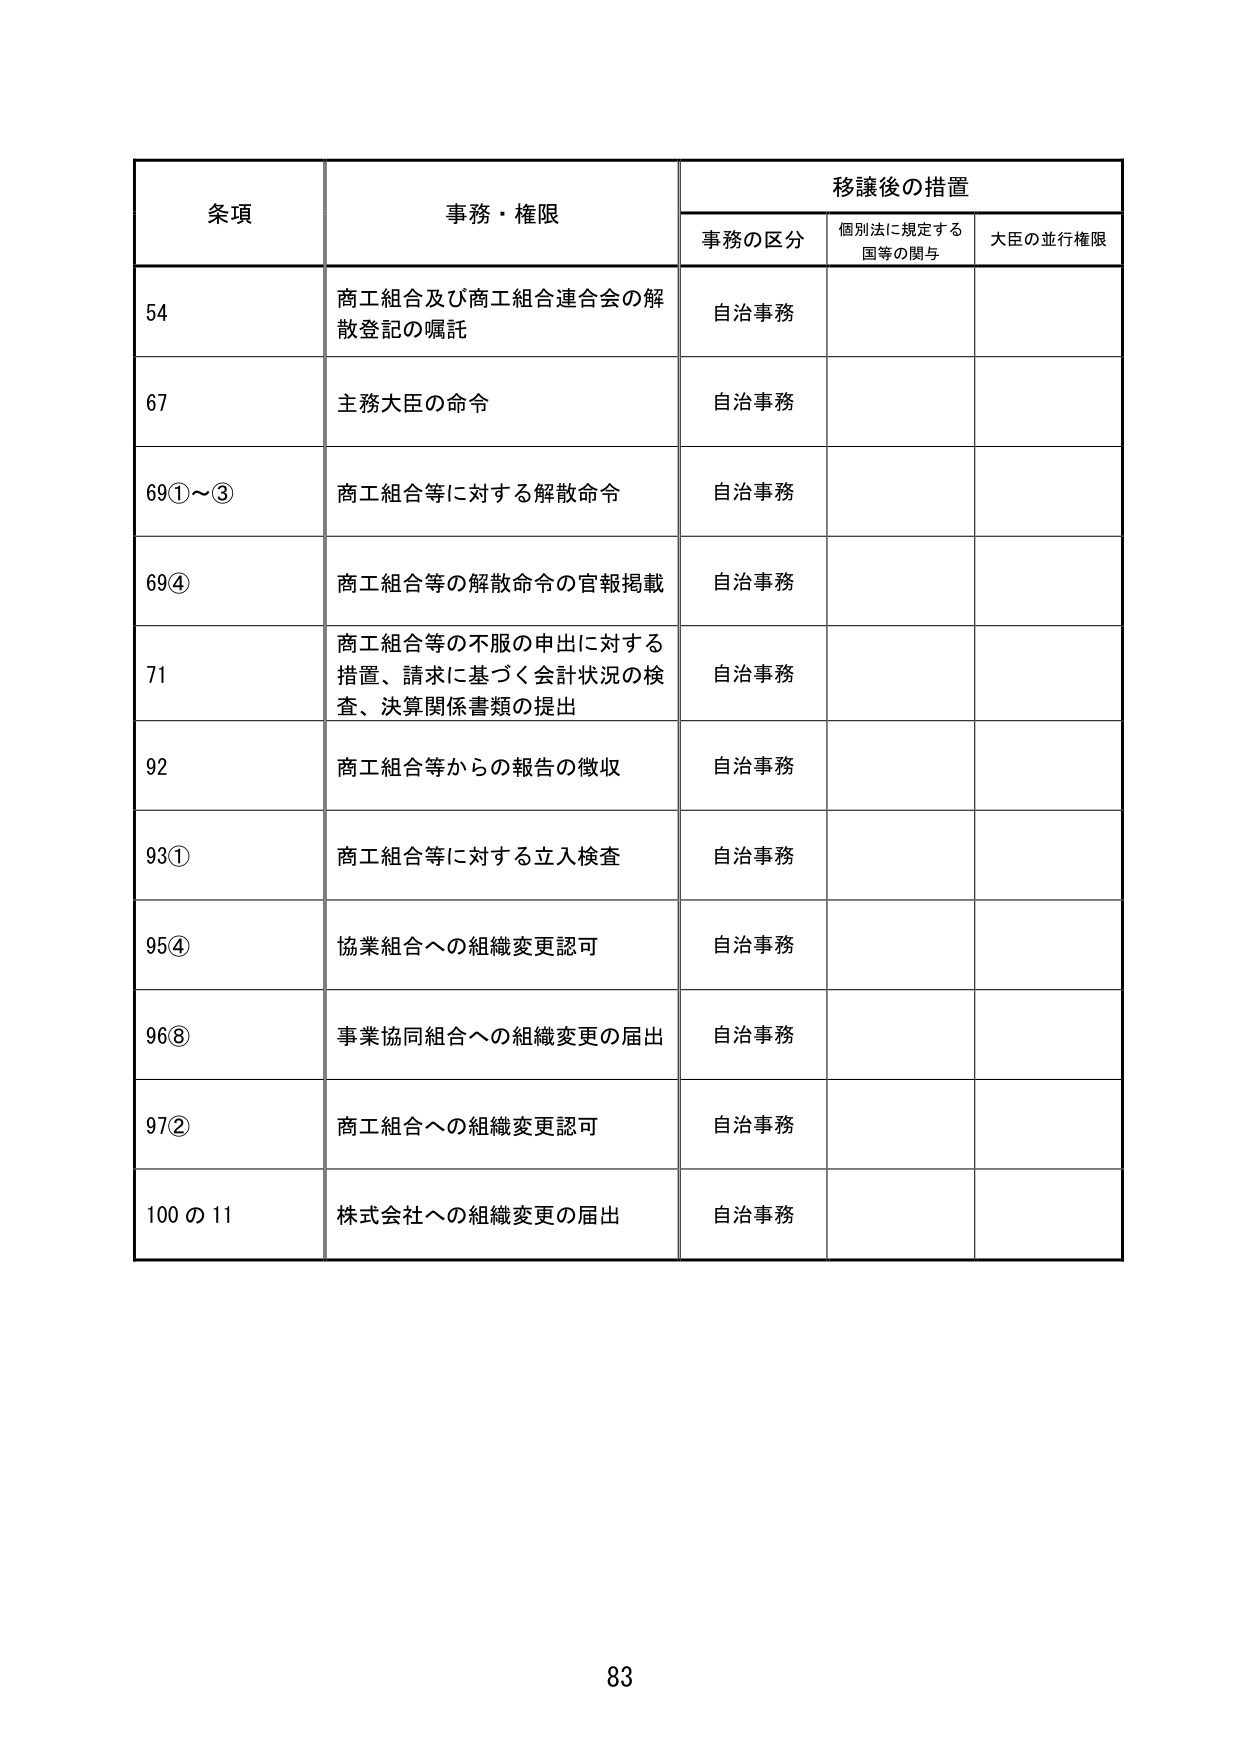
条項 事務・権限 移譲後の措置
事務の区分 個別法に規定する国等の関与 大臣の並行権限
54 商工組合及び商工組合連合会の解散登記の嘱託 自治事務
67 主務大臣の命令 自治事務
69①～③ 商工組合等に対する解散命令 自治事務
69④ 商工組合等の解散命令の官報掲載 自治事務
71 商工組合等の不服の申出に対する措置、請求に基づく会計状況の検査、決算関係書類の提出 自治事務
92 商工組合等からの報告の徴収 自治事務
93① 商工組合等に対する立入検査 自治事務
95④ 協業組合への組織変更認可 自治事務
96⑧ 事業協同組合への組織変更の届出 自治事務
97② 商工組合への組織変更認可 自治事務
100の11 株式会社への組織変更の届出 自治事務
83